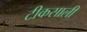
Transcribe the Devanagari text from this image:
टीकसाली